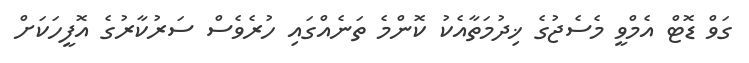
ގަވް ޑޮޓް އެމްވީ މެސެޖުގެ ޚިދުމަތާއެކު ކޮންމެ ތަނެއްގައި ހުރެވެސް ސަރުކާރުގެ އޮފީހަކަށް